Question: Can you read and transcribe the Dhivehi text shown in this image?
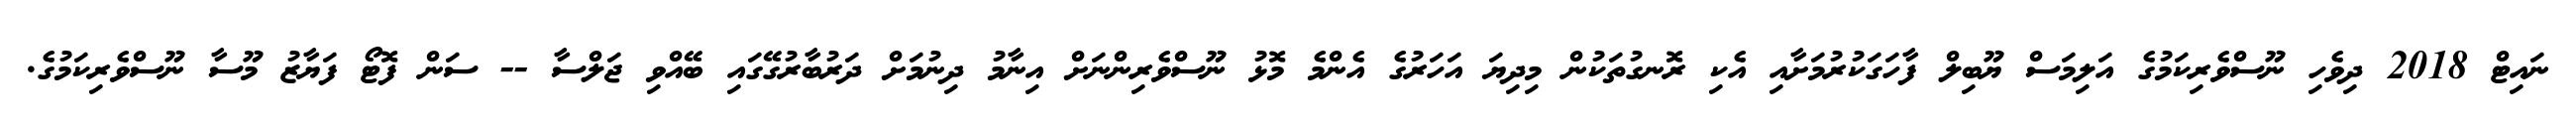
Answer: ނައިޓް 2018 ދިވެހި ނޫސްވެރިކަމުގެ އަލިމަސް ޔޫބިލް ފާހަގަކުރުމަށާއި އެކި ރޮނގުތަކުން މިދިޔަ އަހަރުގެ އެންމެ މޮޅު ނޫސްވެރިންނަށް އިނާމު ދިނުމަށް ދަރުބާރުގޭގައި ބޭއްވި ޖަލްސާ -- ސަން ފޮޓޯ ފަޔާޒު މޫސާ ނޫސްވެރިކަމުގެ.